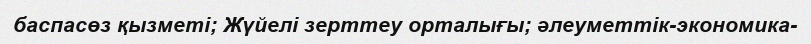
баспасөз қызметі; Жүйелі зерттеу орталығы; әлеуметтік-экономика-